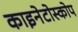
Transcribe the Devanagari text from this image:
काइनेटोस्कोप